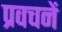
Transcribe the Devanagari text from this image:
प्रवचनें